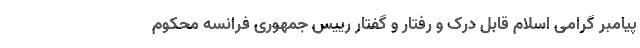
پیامبر گرامی اسلام قابل درک و رفتار و گفتار رییس جمهوری فرانسه محکوم